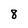
Character: 8